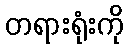
တရားရုံးကို